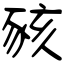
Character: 豥